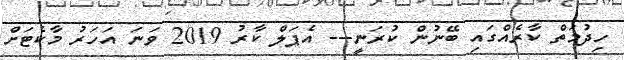
ހިދުމަތް ކާރެއްގައި ބޭނުން ކުރަނީ--- އެޕަލް ކާރު 2019 ވަނަ އަހަރު މާކެޓަށް